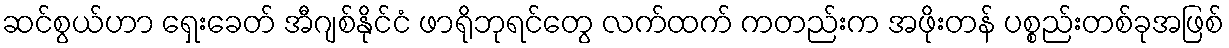
ဆင်စွယ်ဟာ ရှေးခေတ် အီဂျစ်နိုင်ငံ ဖာရိုဘုရင်တွေ လက်ထက် ကတည်းက အဖိုးတန် ပစ္စည်းတစ်ခုအဖြစ်